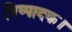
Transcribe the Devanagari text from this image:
निष्पादक।